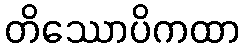
တိဿောပိကထာ